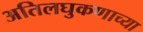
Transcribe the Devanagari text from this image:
अतिलघुकणाच्या